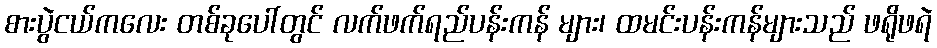
စားပွဲငယ်ကလေး တစ်ခုပေါ်တွင် လက်ဖက်ရည်ပန်းကန် များ၊ ထမင်းပန်းကန်များသည် ဖရိုဖရဲ